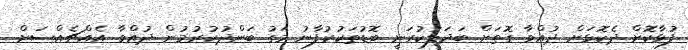
ފުޅާކޮށް ދެކޮޅަށް ދުއްވާ ގޮތަށް ބަދަލުކުރަނީ ބޮޑުތަކުރުފާނު މަގު ބަންދުކުރުމުން ދުއްވާ އެއްޗެއްސަށް